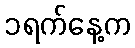
၁ရက်နေ့က